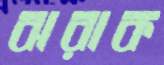
ঝরাক